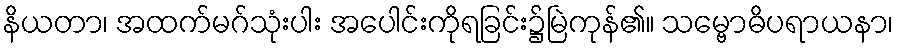
နိယတာ၊ အထက်မဂ်သုံးပါး အပေါင်းကိုရခြင်း၌မြဲကုန်၏။ သမ္ဗောဓိပရာယနာ၊